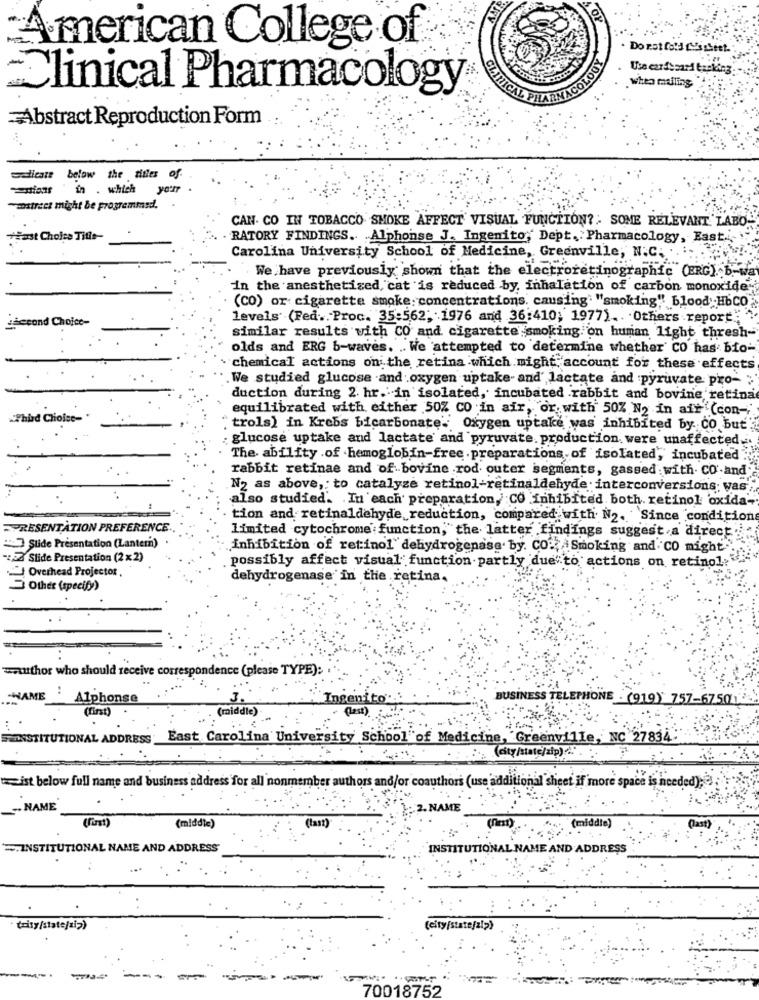
American College of
Do not fold Lu's sheet.
-
Use cards zard tapking
whea mulling"
Clinical Pharmacology
Abstract Reproduction Form
Scicare below the titles of.
in . which
yourr
-astreet might be programmed.
CAN. CO IN TOBACCO SMOKE AFFECT VISUAL FUNCTION ?: SOME RELEVANT LABO-
+Fast Choice Tifis-
RATORY FINDINGS. Alphonse J. Ingenito, Dept. Pharmacology, East ...
Carolina University School of Medicine, Greenville, N.C. ..
.We have previously shown that the electroretinographic (BRG). b-wa
in the anesthetized, cat is reduced by, inhalation of carbon monoxide.
(CO) or cigarette smoke: concentrations, causing' "smoking" blood Hbc0
second Choice-
levels' (Fed .. Proc. 35:562; 1976 and 36:410; 1977) .. . Others report" ""
similar results with CO and cigarette smoking on human light thresh-
olds and ERG b-waves. .. We attempted to determine whether' CO has: bio-
chemical actions on: the retina which might account for these effects
We studied glucose and oxygen uptake- and' lactate and pyruvate pro- ;
duction during 2. hr. in isolated, incubated rabbit and bovine retina
equilibrated with either 50% CO in air, or. with 50% N2 in air (con-
Third Chioise-
trols) in Krebs bicarbonate. Oxygen uptake was inhibited by Co but
: glucose uptake and lactate and pyruvate. production, were unaffected ..
The ability .of hemoglobin-free . preparations of isolated, incubated .
rabbit retinae and of bovine rod outer segments, gassed with. CO.and
N2 as above, to catalyze retinol-retinaldehyde interconversions; vas ;
also studied. In each preparation, CO inhibited both. retinol 'oxida-
tion and retinaldehyde reduction, compared with N2. Since condition
PRESENTATION PREFERENCE
limited cytochrome function, the latter findings suggest a direct.
">] Suide Presentation (Lantern)
inhibition of retinol" dehydrogenase by. CO. Smoking and CO might"
-45 Slide Presentation (2 x2)
Overhead Projector
possibly affect visual function partly due to actions on retinol?"
dehydrogenase in the retina.
Other (specify)
wauthor who should receive correspondence (please TYPE):
..
-HAME
Alphonse
Ingenito
BUSINESS TELEPHONE (919) 757-67501
(first
(middle)
(last)
:
SEINSTITUTIONAL ADDRESS
East Carolina University School"of Medicine, Greenville, NC 27834.
. .... (city/state/zip) ... '. ..
ist below full name and business address for all nonmember authors and/or coauthors (use 'additional sheet if more space is needed) ;?!
NAME
. NAME
(last)
(middle)
(fr)
(middle)
INSTITUTIONAL NAME AND ADDRESS
INSTITUTIONAL NAME AND ADDRESS
trity/state/ziz)
(city[state/2/2)
-
70018752